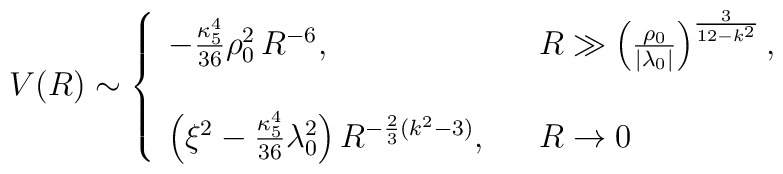
V(R)\sim \left\{\begin{array}{lll}-{\kappa_{5}^4\over 36}\rho_{0}^2\,R^{-6}, & & R \gg \left({\rho_{0}\over |\lambda_{0}|}\right)^{3\over12- k^2}, \\ & &  \\\left(\xi^2-{\kappa_{5}^4\over 36}\lambda_{0}^2\right)R^{-{2\over 3}(k^2-3)}, & & R\rightarrow 0\end{array}\right.